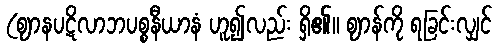
(ဈာနပဋိလာဘပစ္စနီယာနံ ဟူ၍လည်း ရှိ၏။ ဈာန်ကို ရခြင်းလျှင်